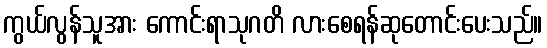
ကွယ်လွန်သူအား ကောင်းရာသုဂတိ လားစေရန်ဆုတောင်းပေးသည်။